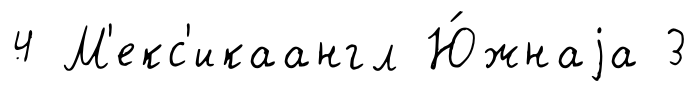
4 М'екс'икаангл Ю́жнаjа 3